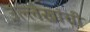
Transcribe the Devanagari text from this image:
उल्लेखांची